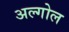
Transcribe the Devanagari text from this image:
अल्गोल